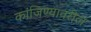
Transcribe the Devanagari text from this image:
कांजिण्यावरील